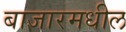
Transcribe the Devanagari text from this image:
बाजारमधील